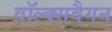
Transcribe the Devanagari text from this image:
वॉल्क्सवैगन